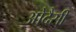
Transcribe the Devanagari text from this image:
ओदैसी